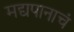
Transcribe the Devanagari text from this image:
मद्यपानाचं